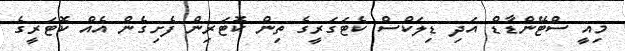
މިއީ ސްޓޭންޑާޑް އަދި ޑިލަކްސް ކެޓަގަރީގެ ތިން ކޮޓަރިން ފެށިގެން އެއް ކޮޓަރީގެ